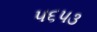
૫૬૫૩